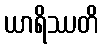
ယာရိဿတိ